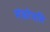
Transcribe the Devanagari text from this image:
मंडोपरि